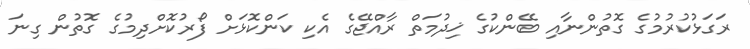
ރަގަޅުކުރުމުގެ ގޮތުންނާއި ބޭންކުގެ ޚިދުމަތް ރާއްޖޭގެ އެކި ކަންކޮޅަށް ފޯރުކޮށްދިމުގެ ގޮތުން ގިނަ